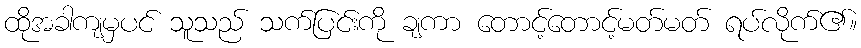
ထိုအခါကျမှပင် သူသည် သက်ပြင်းကို ချကာ တောင့်တောင့်မတ်မတ် ရပ်လိုက်၏။